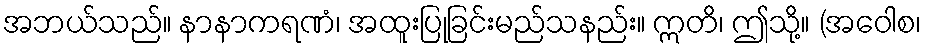
အဘယ်သည်။ နာနာကရဏံ၊ အထူးပြုခြင်းမည်သနည်း။ ဣတိ၊ ဤသို့။ (အဝေါစ၊